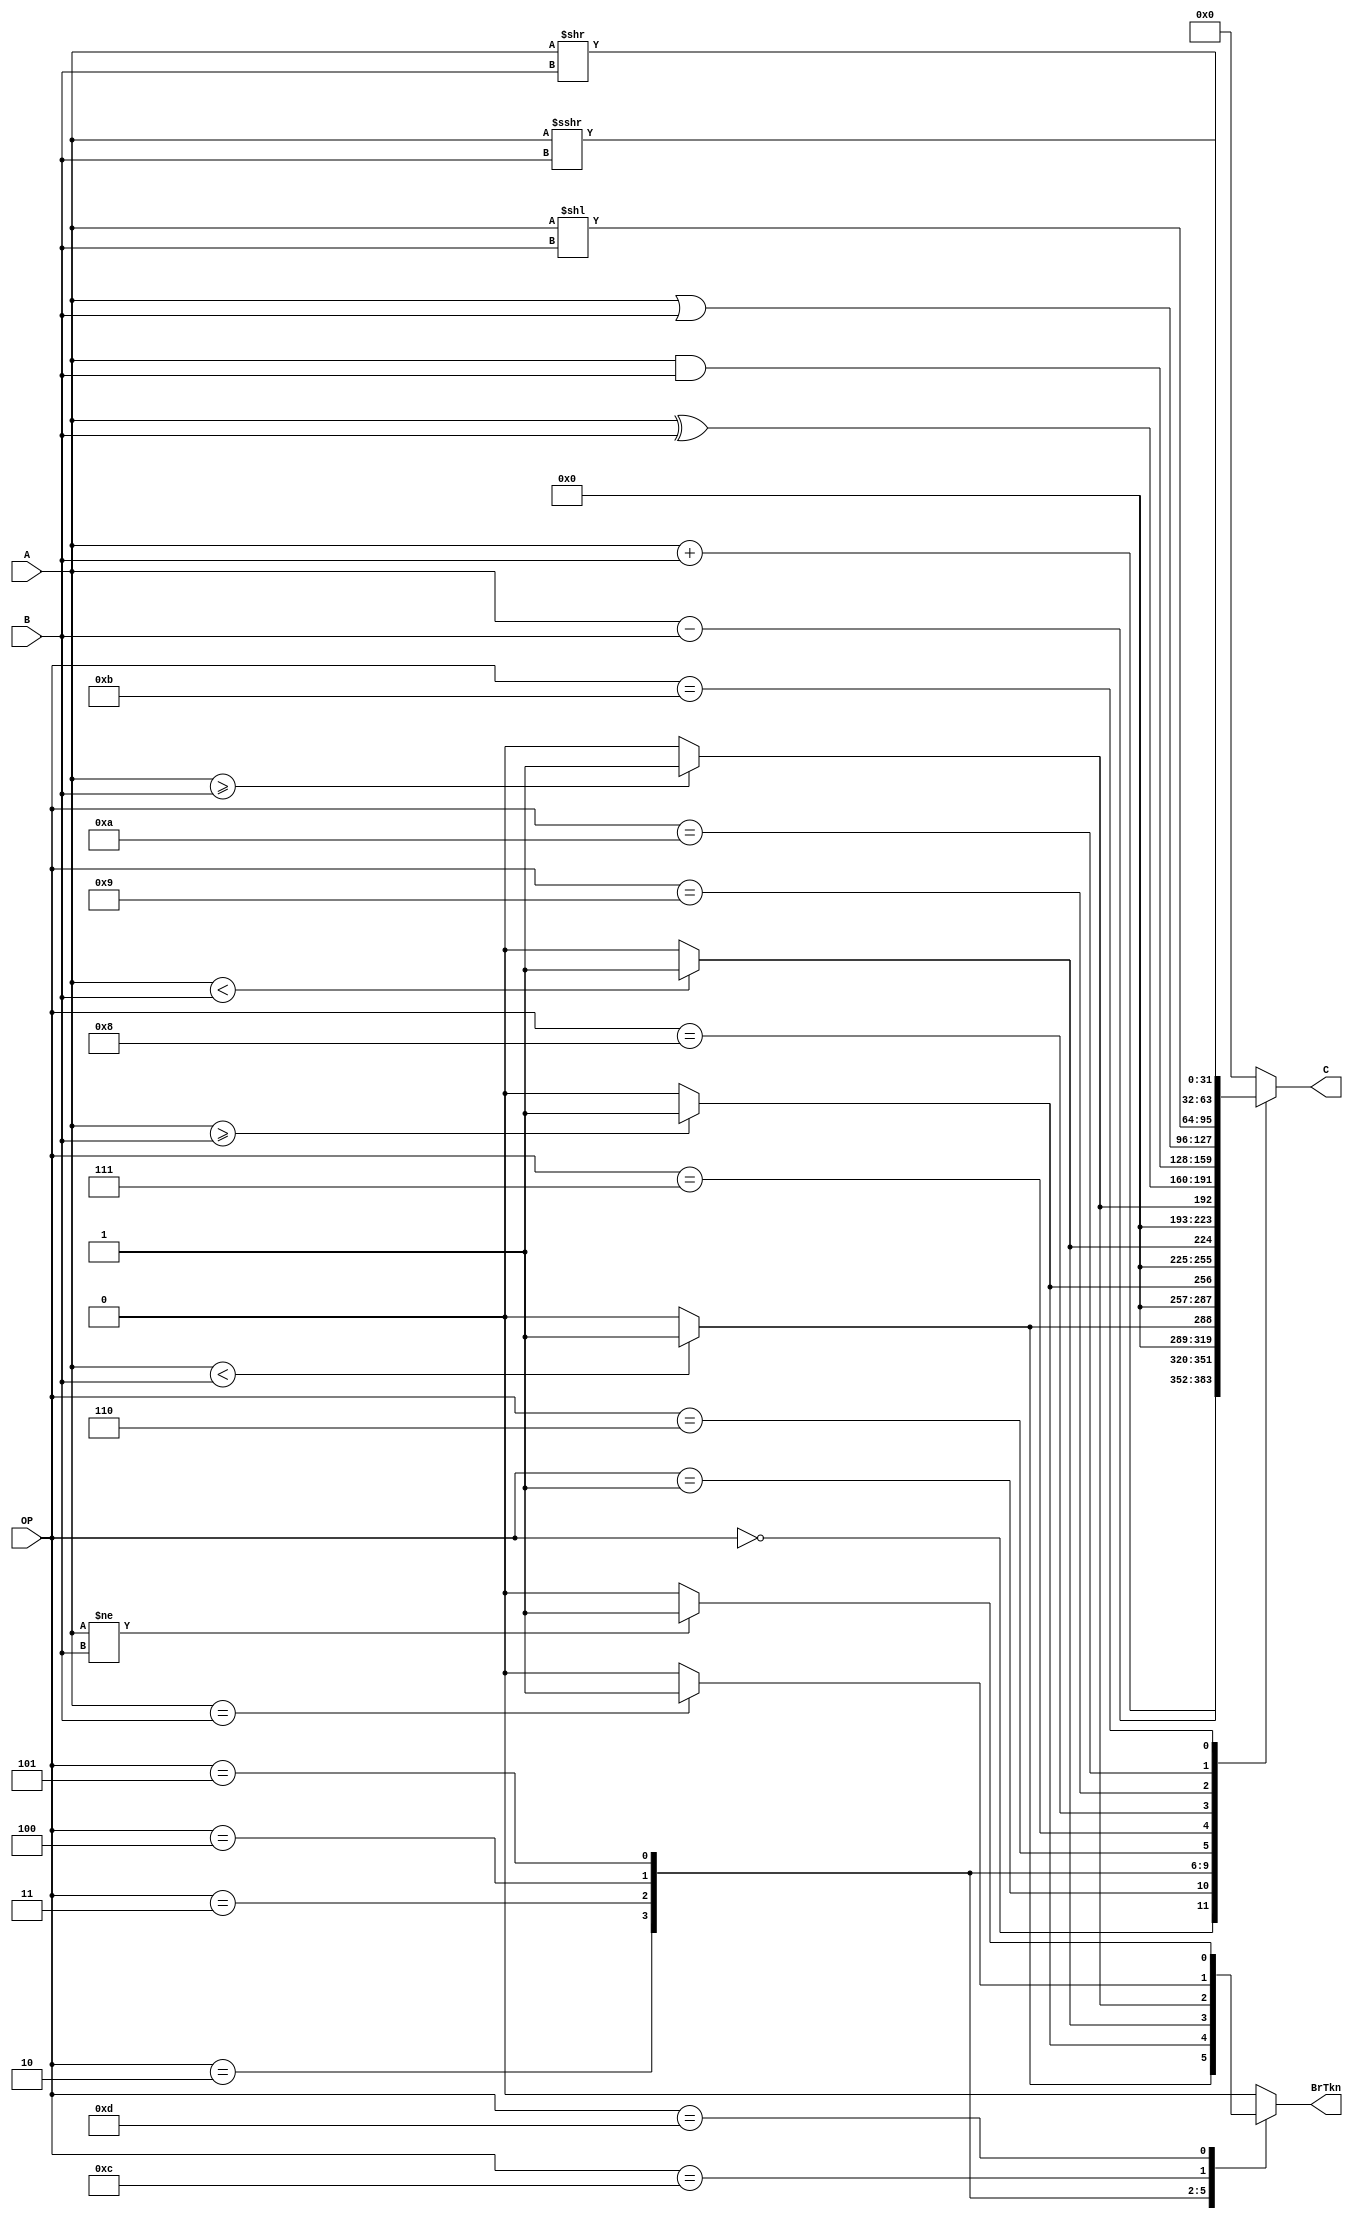
module ALU(A,B,OP,C,BrTkn);

	input wire [31:0] A;
	input wire [31:0] B;
	input wire [3:0] OP;
	output reg [31:0] C;
    output reg BrTkn;


	always @(*) begin
        BrTkn = 0;
        C = 0;
	    case (OP) 
	    4'b0000 :
            begin
                C = A + B;
                BrTkn = 0;
	        end
	    4'b0001 : 
            begin
                C = A - B;
                BrTkn = 0;
	        end
	    4'b0010 : 
            begin
                if ($signed(A) < $signed(B)) begin
                    BrTkn = 1;
                    C = 1;
                end
                else begin 
                    BrTkn = 0;
                    C = 0;
                end
            end
	    4'b0011 : 
            begin
                if ($signed(A) >= $signed(B)) begin
                    BrTkn = 1;
                    C = 1;
                end
                else begin 
                    BrTkn = 0;
                    C = 0;
                end
            end
	    4'b0100 : 
            begin
                if ($unsigned(A) < $unsigned(B)) begin
                    BrTkn = 1;
                    C = 1;
                end
                else begin 
                    BrTkn = 0;
                    C = 0;
                end
            end
	    4'b0101 : 
            begin
                if ($unsigned(A) >= $unsigned(B)) begin
                    BrTkn = 1;
                    C = 1;
                end
                else begin 
                    BrTkn = 0;
                    C = 0;
                end
            end
	    4'b0110 : C = A ^ B;
	    4'b0111 : C = A & B;
	    4'b1000 : C = A | B;
        4'b1001 : C = A << B;
	    4'b1010 : C = A >> B;
	    4'b1011 : C = $signed(A) >>> B;
        4'b1100 : 
            begin
                if (A == B)
                    BrTkn = 1;
                else 
                    BrTkn = 0;
            end
	    4'b1101 : 
            begin
                if (A != B)
                    BrTkn = 1;
                else 
                    BrTkn = 0;
            end
	  endcase
	end

endmodule